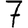
Digit: 7